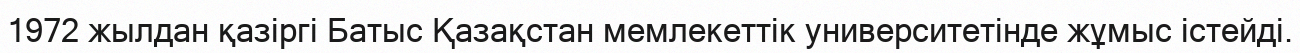
1972 жылдан қазіргі Батыс Қазақстан мемлекеттік университетінде жұмыс істейді.